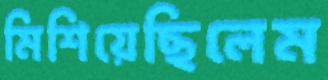
মিশিয়েছিলেম